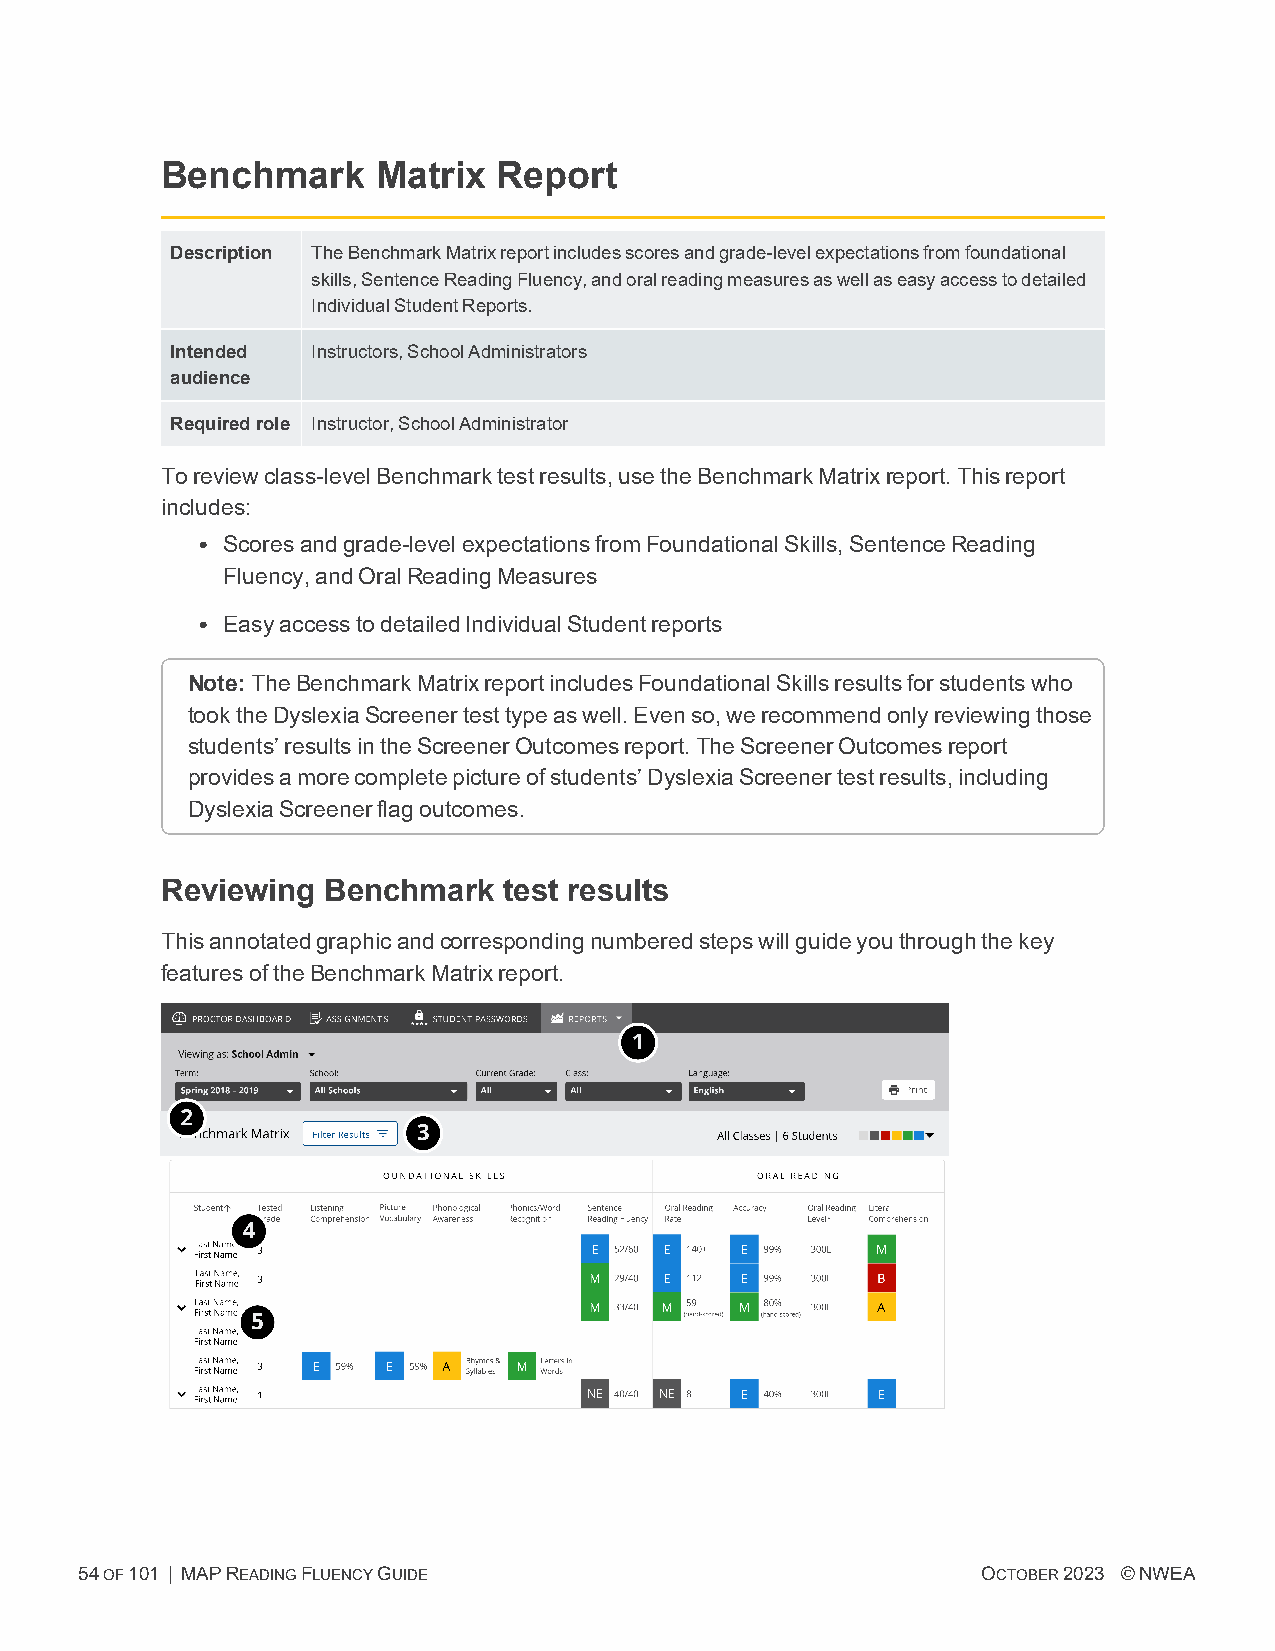
Benchmark     Matrix  Report
 Description TheBenchmarkMatrixreportincludesscoresandgrade-levelexpectationsfromfoundational
 skills,SentenceReadingFluency,andoralreadingmeasuresaswellaseasyaccesstodetailed
 IndividualStudentReports.
 Intended  Instructors,SchoolAdministrators
 audience
 Requiredrole Instructor,SchoolAdministrator
 Toreviewclass-levelBenchmarktestresults,usetheBenchmarkMatrixreport.Thisreport
 includes:
 l Scoresandgrade-levelexpectationsfromFoundationalSkills,SentenceReading
 Fluency,andOralReadingMeasures
 l EasyaccesstodetailedIndividualStudentreports
 Note:TheBenchmarkMatrixreportincludesFoundationalSkillsresultsforstudentswho
 tooktheDyslexiaScreenertesttypeaswell.Evenso,werecommendonlyreviewingthose
 students’resultsintheScreenerOutcomesreport.TheScreenerOutcomesreport
 providesamorecompletepictureofstudents’DyslexiaScreenertestresults,including
 DyslexiaScreenerflagoutcomes.
 Reviewing Benchmark   test results
 Thisannotatedgraphicandcorrespondingnumberedstepswillguideyouthroughthekey
 featuresoftheBenchmarkMatrixreport.
 54OF101 | MAPREADINGFLUENCYGUIDE                            OCTOBER2023 ©NWEA